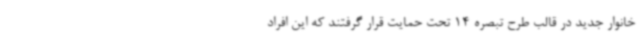
خانوار جدید در قالب طرح تبصره 14 تحت حمایت قرار گرفتند که این افراد